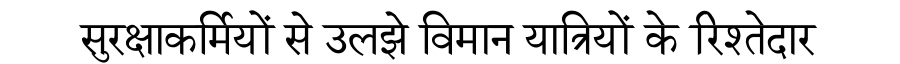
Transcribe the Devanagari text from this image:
सुरक्षाकर्मियों से उलझे विमान यात्रियों के रिश्तेदार